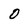
Character: 0